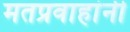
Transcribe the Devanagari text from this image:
मतप्रवाहांनी